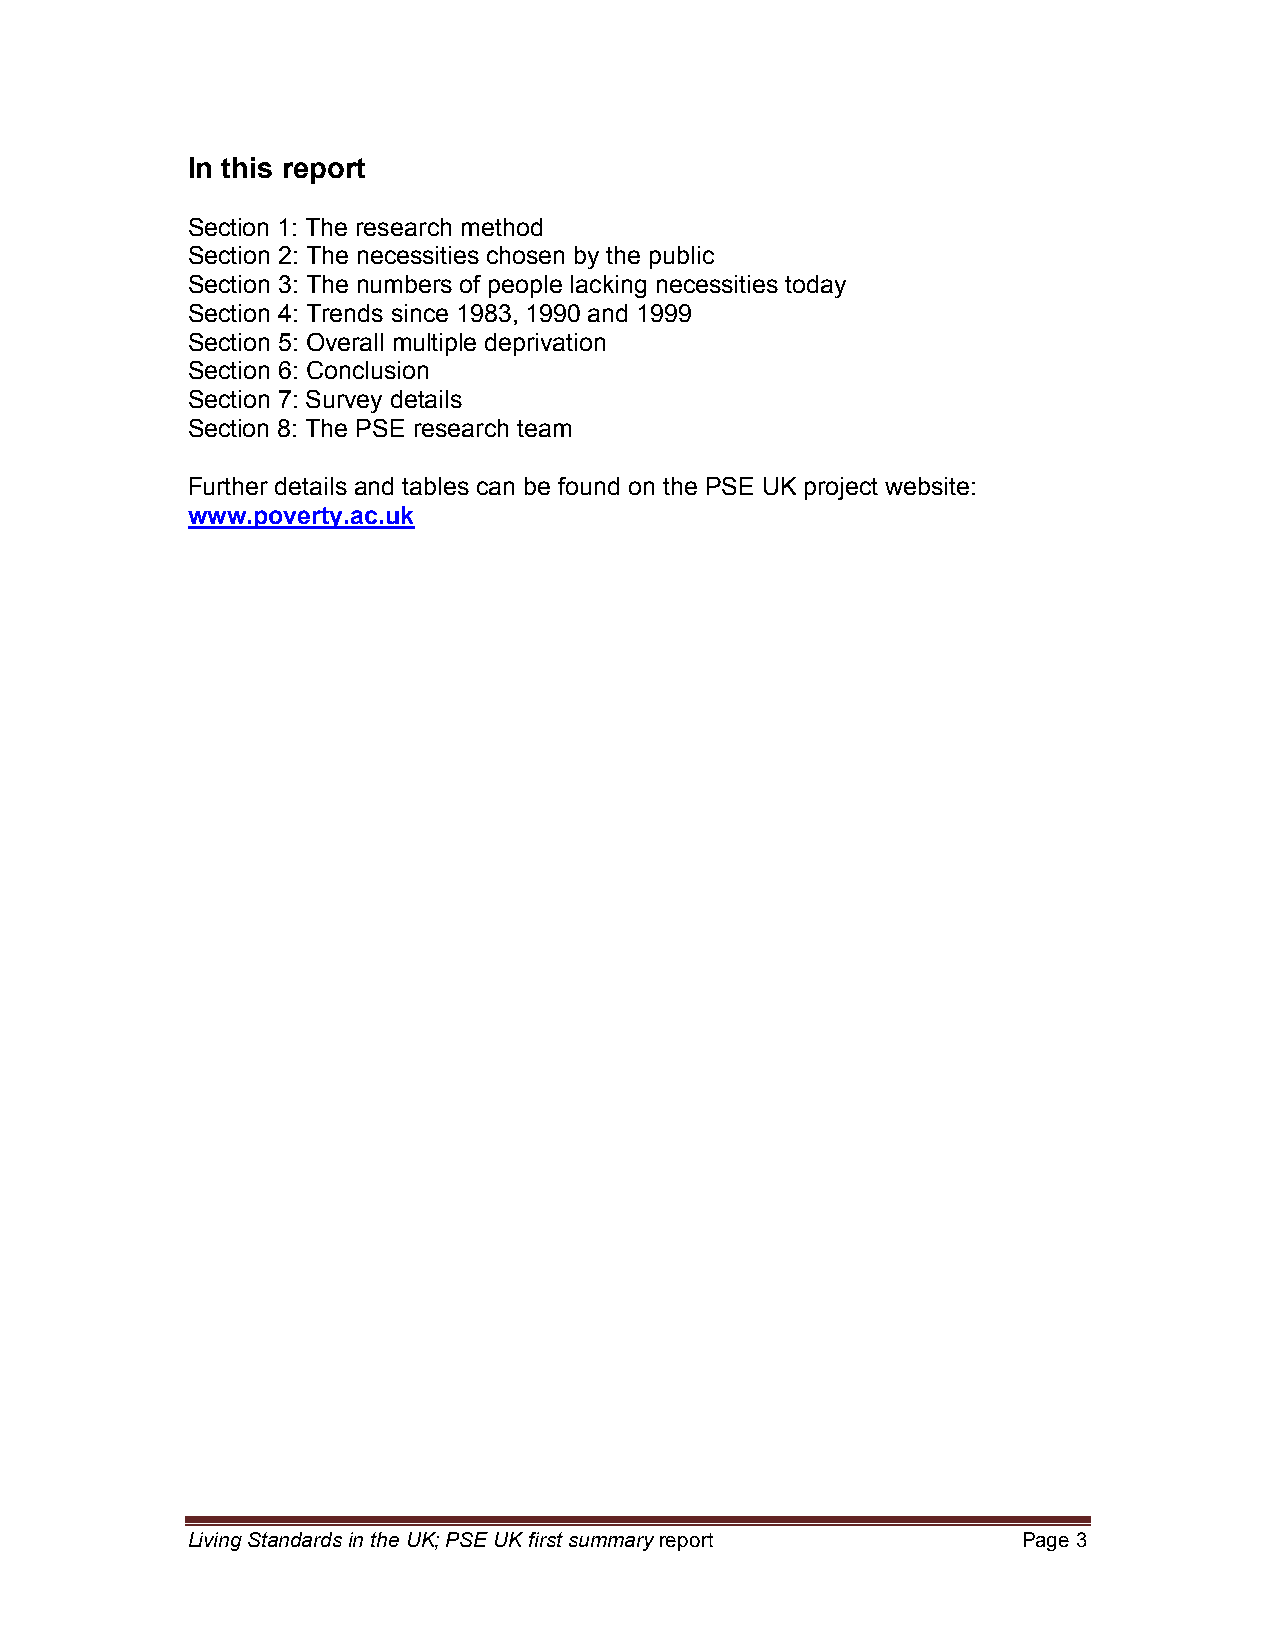
In this report
 Section 1: The research method
 Section 2: The necessities chosen by the public
 Section 3: The numbers of people lacking necessities today
 Section 4: Trends since 1983, 1990 and 1999
 Section 5: Overall multiple deprivation
 Section 6: Conclusion
 Section 7: Survey details
 Section 8: The PSE research team
 Further details and tables can be found on the PSE UK project website:
 www.poverty.ac.uk
 Living Standards in the UK; PSE UK first summary report Page 3